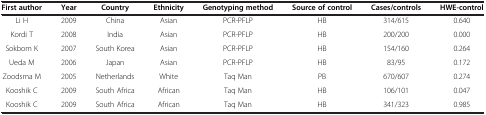
<table><thead><tr><td><b>First author</b></td><td><b>Year</b></td><td><b>Country</b></td><td><b>Ethnicity</b></td><td><b>Genotyping method</b></td><td><b>Source of control</b></td><td><b>Cases/controls</b></td><td><b>HWE-control</b></td></tr></thead><tbody><tr><td>Li H</td><td>2009</td><td>China</td><td>Asian</td><td>PCR-PFLP</td><td>HB</td><td>314/615</td><td>0.640</td></tr><tr><td>Kordi T</td><td>2008</td><td>India</td><td>Asian</td><td>PCR-PFLP</td><td>HB</td><td>200/200</td><td>0.000</td></tr><tr><td>Sokbom K</td><td>2007</td><td>South Korea</td><td>Asian</td><td>PCR-PFLP</td><td>HB</td><td>154/160</td><td>0.264</td></tr><tr><td>Ueda M</td><td>2006</td><td>Japan</td><td>Asian</td><td>PCR-PFLP</td><td>HB</td><td>83/95</td><td>0.172</td></tr><tr><td>Zoodsma M</td><td>2005</td><td>Netherlands</td><td>White</td><td>Taq Man</td><td>PB</td><td>670/607</td><td>0.274</td></tr><tr><td>Kooshik C</td><td>2009</td><td>South Africa</td><td>African</td><td>Taq Man</td><td>HB</td><td>106/101</td><td>0.047</td></tr><tr><td>Kooshik C</td><td>2009</td><td>South Africa</td><td>African</td><td>Taq Man</td><td>HB</td><td>341/323</td><td>0.985</td></tr></tbody></table>